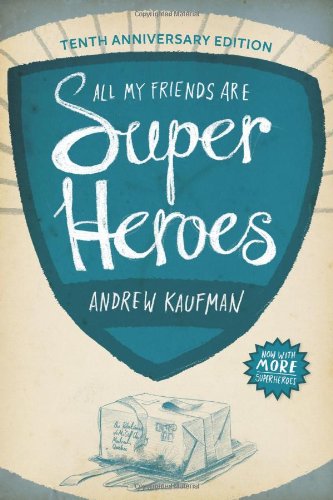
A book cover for All My Friends Are Superheroes; Andrew Kaufman; Science Fiction & Fantasy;